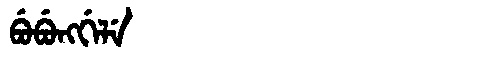
Manchu: ᠪᡠᠪᡠᠩᡤᡝᠯᡝ
Romanization: BUBUNGGELE